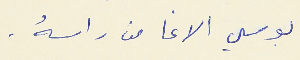
بوسي الاغا من راسهُ .